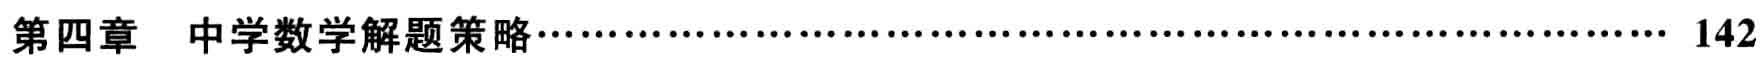
第四章 中学数学解题策略\hfill 142